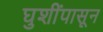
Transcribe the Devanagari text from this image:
घुशींपासून